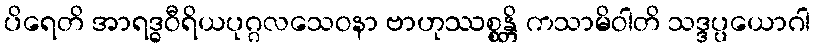
ပိရေတိ အာရဒ္ဓဝီရိယပုဂ္ဂလသေဝနာ ဗာဟုဿစ္စန္တိ ကသာမိဝါတိ သဒ္ဒပ္ပယောဂါ